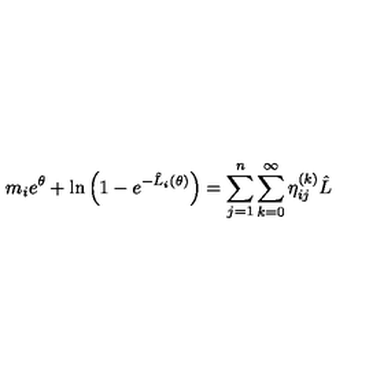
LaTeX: m _ { i } e ^ { \theta } + \ln \left( 1 - e ^ { - \hat { L } _ { i } ( \theta ) } \right) = \sum _ { j = 1 } ^ { n } \sum _ { k = 0 } ^ { \infty } \eta _ { i j } ^ { ( k ) } \hat { L }